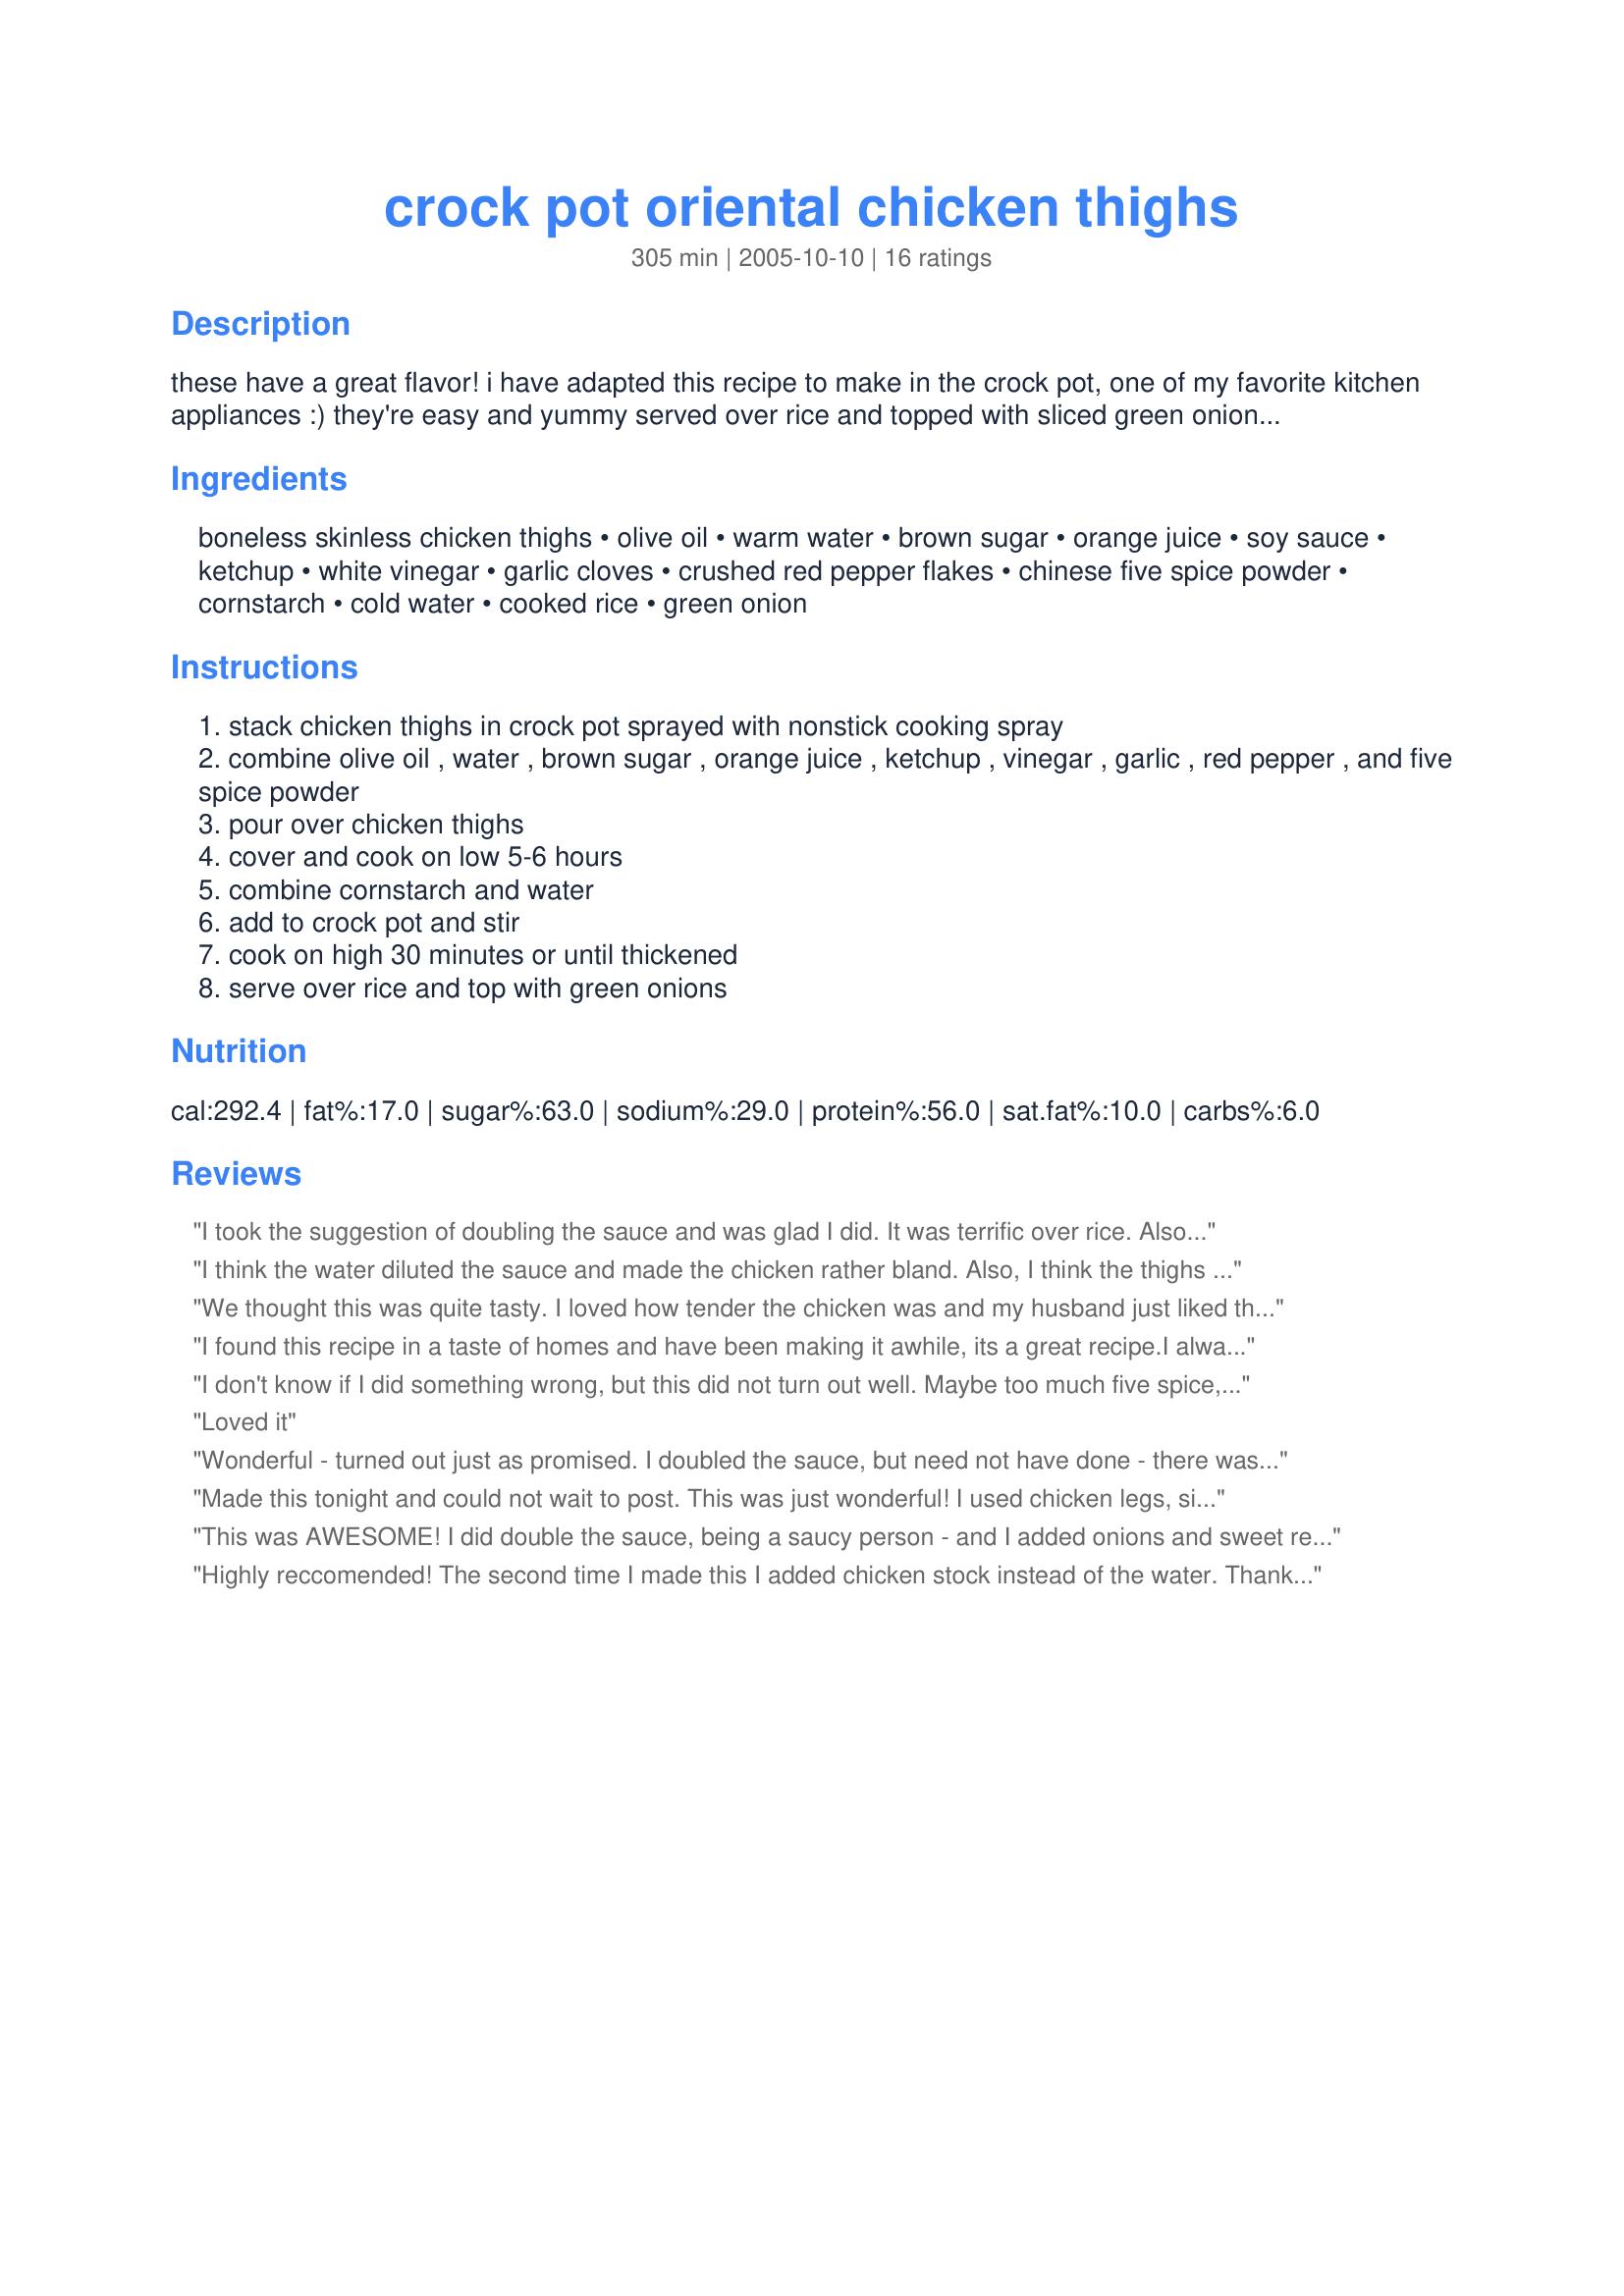
crock pot oriental chicken thighs
Preparation time: 305 minutes

these have a great flavor! i have adapted this recipe to make in the crock pot, one of my favorite kitchen appliances :) they're easy and yummy served over rice and topped with sliced green onions. you may want to double the sauce ingredients if you like a lot of sauce. also, you could easily cook over the stove if you want to throw it together quickly. i like to serve it with stir fry vegetables.

Ingredients:
boneless skinless chicken thighs, olive oil, warm water, brown sugar, orange juice, soy sauce, ketchup, white vinegar, garlic cloves, crushed red pepper flakes, chinese five spice powder, cornstarch, cold water, cooked rice, green onion

Steps:
stack chicken thighs in crock pot sprayed with nonstick cooking spray
combine olive oil , water , brown sugar , orange juice , ketchup , vinegar , garlic , red pepper , and five spice powder
pour over chicken thighs
cover and cook on low 5-6 hours
combine cornstarch and water
add to crock pot and stir
cook on high 30 minutes or until thickened
serve over rice and top with green onions

Reviews:
I took the suggestion of doubling the sauce and was glad I did. It was terrific over rice. Also added a lot more chile flakes.........just my taste. Absolutely great and easy recipe. Love crock pot cooking.............so easy. Thanks for the post Delish.
I think the water diluted the sauce and made the chicken rather bland. Also, I think the thighs could have cooked only 4 and half hours on low (but crockpot temperatures do vary). They turned out rather dry on their own, but I did make the sauce.
We thought this was quite tasty. I loved how tender the chicken was and my husband just liked that it was something different!
I found this recipe in a taste of homes and have been making it awhile, its a great recipe.I always double the sauce and I make it on the stove.I think I'll try it in the crock pot and see which way I like it better. never thought about doing it that way. but for those who would like to try it stove top:brown chicken over med. heat in oil for 18-20 min or until juices run clear. mix everything but the cornstarch and water, pour over chicken.Bring to a boil. reduce heat simmer uncovered,for 30-35 min or until chicken is tender, turning occasionally. I then take the chicken out, mix the cornstarch and water and add it to the sauce to thicken bring to boil cook and stir 2 min or until thickened. add chicken back in,to heat thru. serve over rice with the green onions.
I don't know if I did something wrong, but this did not turn out well. Maybe too much five spice, I'm not sure but I had to throw it out and make something else for dinner. My husband didn't like it either. Sorry.
Loved it
Wonderful - turned out just as promised. I doubled the sauce, but need not have done - there was tons! Served with basmati rice and stir fried baby bok choy, red pepper strips and bean sprouts. I think the Chinese 5 spice is the key flavour ingredient.
Made this tonight and could not wait to post. This was just wonderful! I used chicken legs, since thats what I had on hand. Also did not include water, there was plenty of juice. Served over my fried rice. Will for sure make this again and sent to family and friends. THANK YOU!!
This was AWESOME! I did double the sauce, being a saucy person - and I added onions and sweet red peppers. I also probably quadrupled or more the red pepper, b/c we like a little spicy. I also omitted the warm water - just didn't seem necessary. Then, at the last minute, I decided to throw in some peanut butter... I added maybe 2+Tbls (for a doubled batch of sauce) - granted, I could have looked up a peanut sauce, but it was a very last minute call that just sounded so good. It was Soooo Yummy!! This, w/ the pb in it, will be an often made dish in our house. My DH completely loved it. I made it w/ noodles, instead of rice, and mixed in through the noodles. I just used multigrain thin spaghetti, b/c that's what I had. It was great! Stir fried some pea pods w/ it - perfection! Great recipe - thank you!!
Highly reccomended! The second time I made this I added chicken stock instead of the water. Thanks for sharing delish.
I have just finished making this. I have never had much luck cooking asian food, but this one is restaurant quality. I did make a few changes. I used chicken from the freezer that had been marinating in ginger soy. I threw it in the crock pot frozen. I made double the sauce, but I did not measure the ingredients. I only eyeballed and estimated. I also did not add the chinee five spice because at the last minte I realized I did not have any. I let the chicken cook in the crock pot for about 6 hours on low. As dinner approched, I sauteed some onion, red peppers, carrots, and edamame in a skillet. When softened, I poured in the chicken and sauce. Then I added the cornstartch slurry to thicken. We ate with white texmati rice
This was so delicious! You must double the recipe. I went light on the brown sugar and even forgot the ketchup, and it still was spectacular. The chicken can be shredded, and with the sauce it is wonderful poured over some jasmine rice. No leftovers in my house tonight!
I omitted the water, used chili sauce for the ketchup, and decreased the chili flakes by half. I think it would have been a bit more interesting with all of the chili flakes, but it was tasty, a hit with my kids (3 and 5) and not dry at all. I was generous with all of the wet ingredients (adding a little extra to make up for the water omission.) Next time I will use 10-12 chicken thighs as I had a lot of sauce. And the cook time could stand to be 4-5 hours on low.
I made this per the recipe and it was great. I never rate a recipe if I have made changes to it. I made this for me and my adult children, served over rice and will make this again.
This is too sweet for us.
I followed the recipe as written, except I used rice wine vinegar instead of white. Sorry to say I didn't like this at all. I didn't even like the way it smelled while cooking. DH said he liked it and ate most of it himself. As they say, to each his own.
